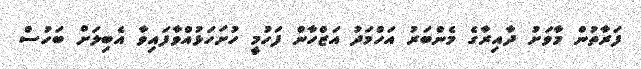
ފަރާތުން މާވަށު ދާއިރާގެ މެންބަރު އަހްމަދު އަޒްހާން ފަހުމީ ހުށަހަޅުއްވާފައިވާ އެބިލަށް ބަހުސް